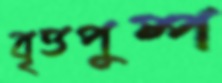
বৃত্তপুষ্প